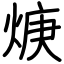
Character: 焿